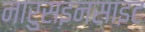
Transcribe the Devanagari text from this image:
नारुसइनसाइट